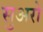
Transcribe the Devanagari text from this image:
सुअरो